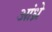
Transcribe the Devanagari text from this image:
आंध्रे